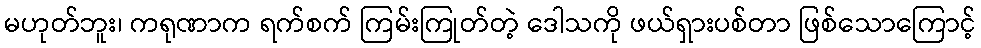
မဟုတ်ဘူး၊ ကရုဏာက ရက်စက် ကြမ်းကြုတ်တဲ့ ဒေါသကို ဖယ်ရှားပစ်တာ ဖြစ်သောကြောင့်